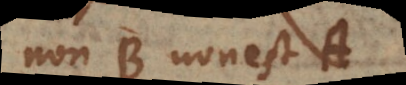
non-B non est A